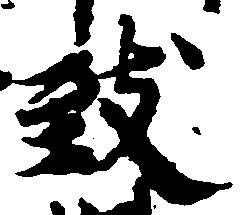
致